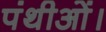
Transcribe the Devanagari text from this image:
पंथीओं।